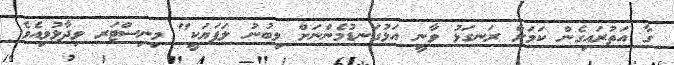
ގާ އަތުރައިގެން ކަމަށް ރަނގަޅު ވާނީ އަޅުގަނޑުމެންނަށް ލިބުނު ލަފަޔަކީ" މިނިސްޓަރ ވިދާޅުވިއެވެ.